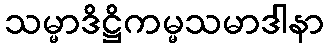
သမ္မာဒိဋ္ဌိကမ္မသမာဒါနာ